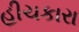
હીચકારા